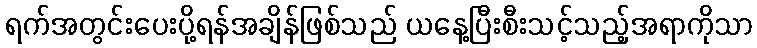
ရက်အတွင်းပေးပို့ရန်အချိန်ဖြစ်သည် ယနေ့ပြီးစီးသင့်သည့်အရာကိုသာ